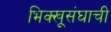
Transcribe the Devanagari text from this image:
भिक्खूसंघाची